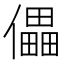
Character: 儡